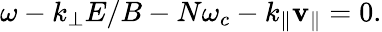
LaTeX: \omega-k_{\perp}E/B-N\omega_{c}-k_{\parallel}\mathbf{v}_{\parallel}=0.